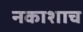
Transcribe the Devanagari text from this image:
नकाशाच